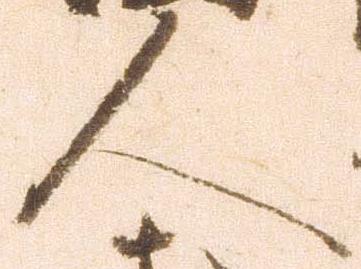
人